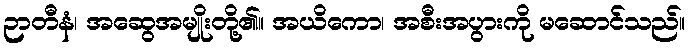
ဉာတီနံ၊ အဆွေအမျိုးတို့၏။ အယိကော၊ အစီးအပွားကို မဆောင်သည်။